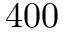
4 0 0